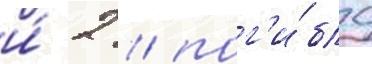
и́ 2 / пог'и́бло